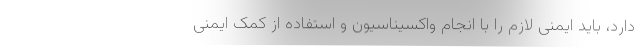
دارد، باید ایمنی لازم را با انجام واکسیناسیون و استفاده از کمک ایمنی